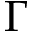
\Gamma